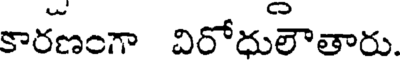
కారణంగా విరోధులౌతారు.